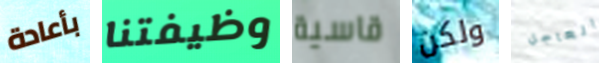
بأعادة وظيفتنا قاسية ولكن العاجل